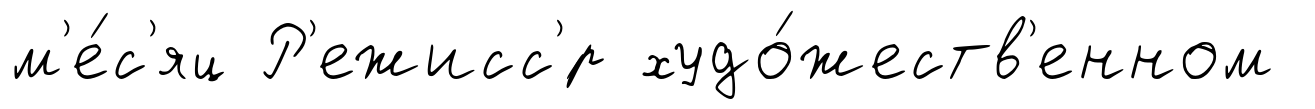
м'е́с'яц Р'ежисс'́р худо́жеств'енном